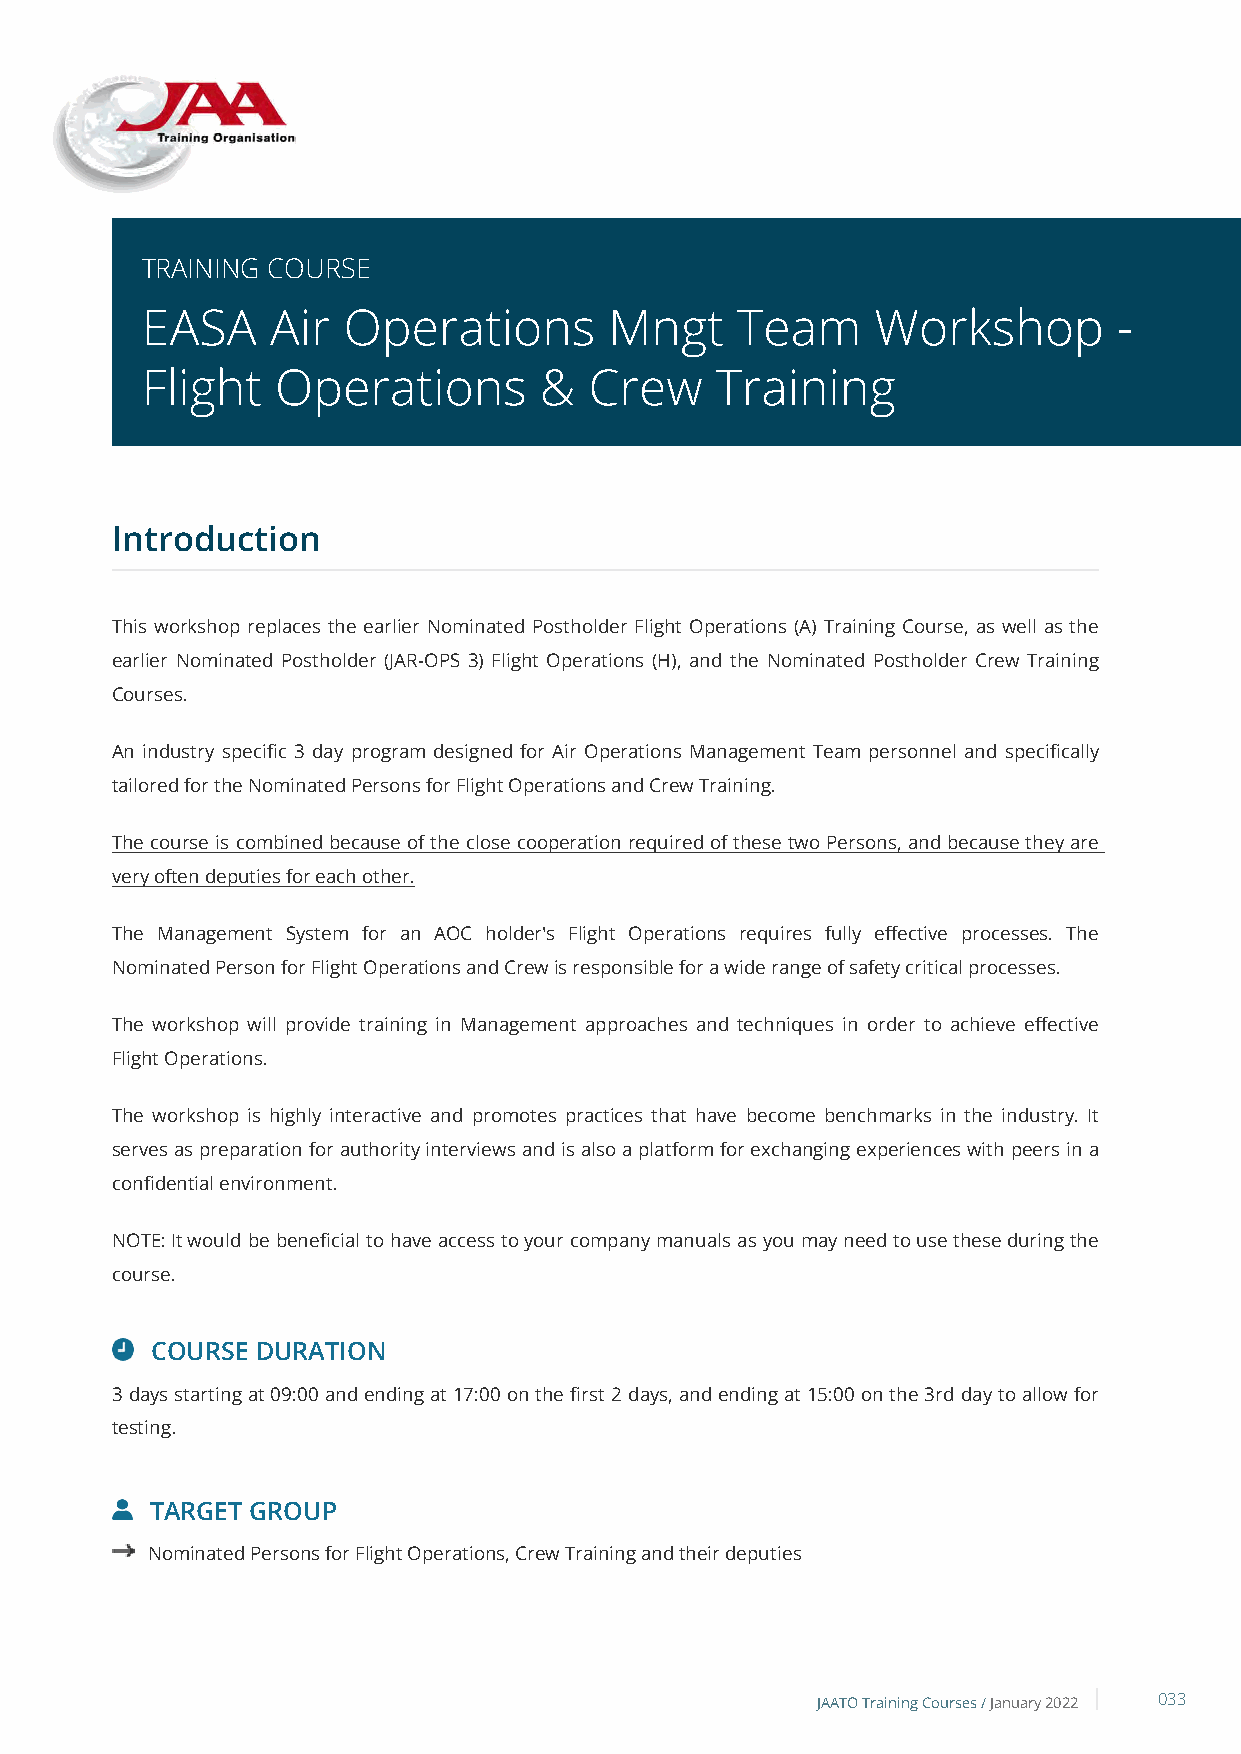
TRAINING COURSE
 EASA     Air  Operations       Mngt     Team     Workshop        -
 Flight   Operations        &  Crew    Training
 Introduction
 This workshop replaces the earlier Nominated Postholder Flight Operations (A) Training Course, as well as the
 earlier Nominated Postholder (JAR-OPS 3) Flight Operations (H), and the Nominated Postholder Crew Training
 Courses.
 An industry specific 3 day program designed for Air Operations Management Team personnel and specifically
 tailored for the Nominated Persons for Flight Operations and Crew Training.
 The course is combined because of the close cooperation required of these two Persons, and because they are
 very often deputies for each other.
 The Management System for an AOC holder's Flight Operations requires fully effective processes. The
 Nominated Person for Flight Operations and Crew is responsible for a wide range of safety critical processes.
 The workshop will provide training in Management approaches and techniques in order to achieve effective
 Flight Operations.
 The workshop is highly interactive and promotes practices that have become benchmarks in the industry. It
 serves as preparation for authority interviews and is also a platform for exchanging experiences with peers in a
 confidential environment.
 NOTE: It would be beneficial to have access to your company manuals as you may need to use these during the
 course.
 COURSE DURATION
 3 days starting at 09:00 and ending at 17:00 on the first 2 days, and ending at 15:00 on the 3rd day to allow for
 testing.
 TARGET GROUP
 Nominated Persons for Flight Operations, Crew Training and their deputies
 JAATO Training Courses /January 2022 033